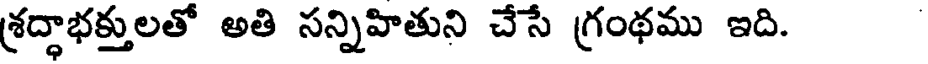
శ్రద్ధాభక్తులతో అతి సన్నిహితుని చేసే గ్రంథము ఇది.